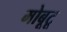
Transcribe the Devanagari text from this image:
मोबूटू